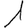
Digit: 1